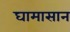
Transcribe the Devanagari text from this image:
घामासान